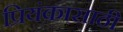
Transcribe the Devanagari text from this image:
प्रियंकासाठी